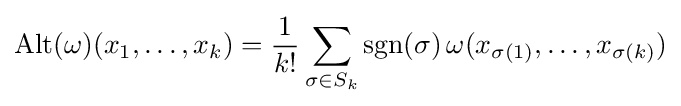
\operatorname {Alt} (\omega )(x_{1},\ldots ,x_{k})={\frac {1}{k!}}\sum _{\sigma \in S_{k}}\operatorname {sgn} (\sigma )\,\omega (x_{\sigma (1)},\ldots ,x_{\sigma (k)})